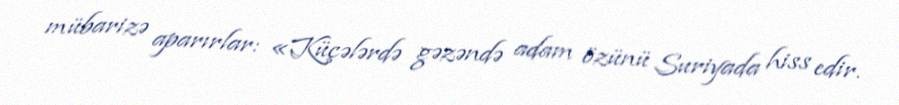
mübarizə aparırlar: «Küçələrdə gəzəndə adam özünü Suriyada hiss edir.